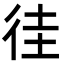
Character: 徍